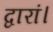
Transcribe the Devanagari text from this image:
द्वारां।